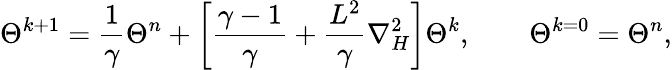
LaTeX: \Theta^{k+1}=\frac{1}{\gamma}\Theta^{n}+\left[\frac{\gamma-1}{\gamma}+\frac{L^{2}}{\gamma}\nabla_{H}^{2}\right]\Theta^{k},\qquad\Theta^{k=0}=\Theta^{n},